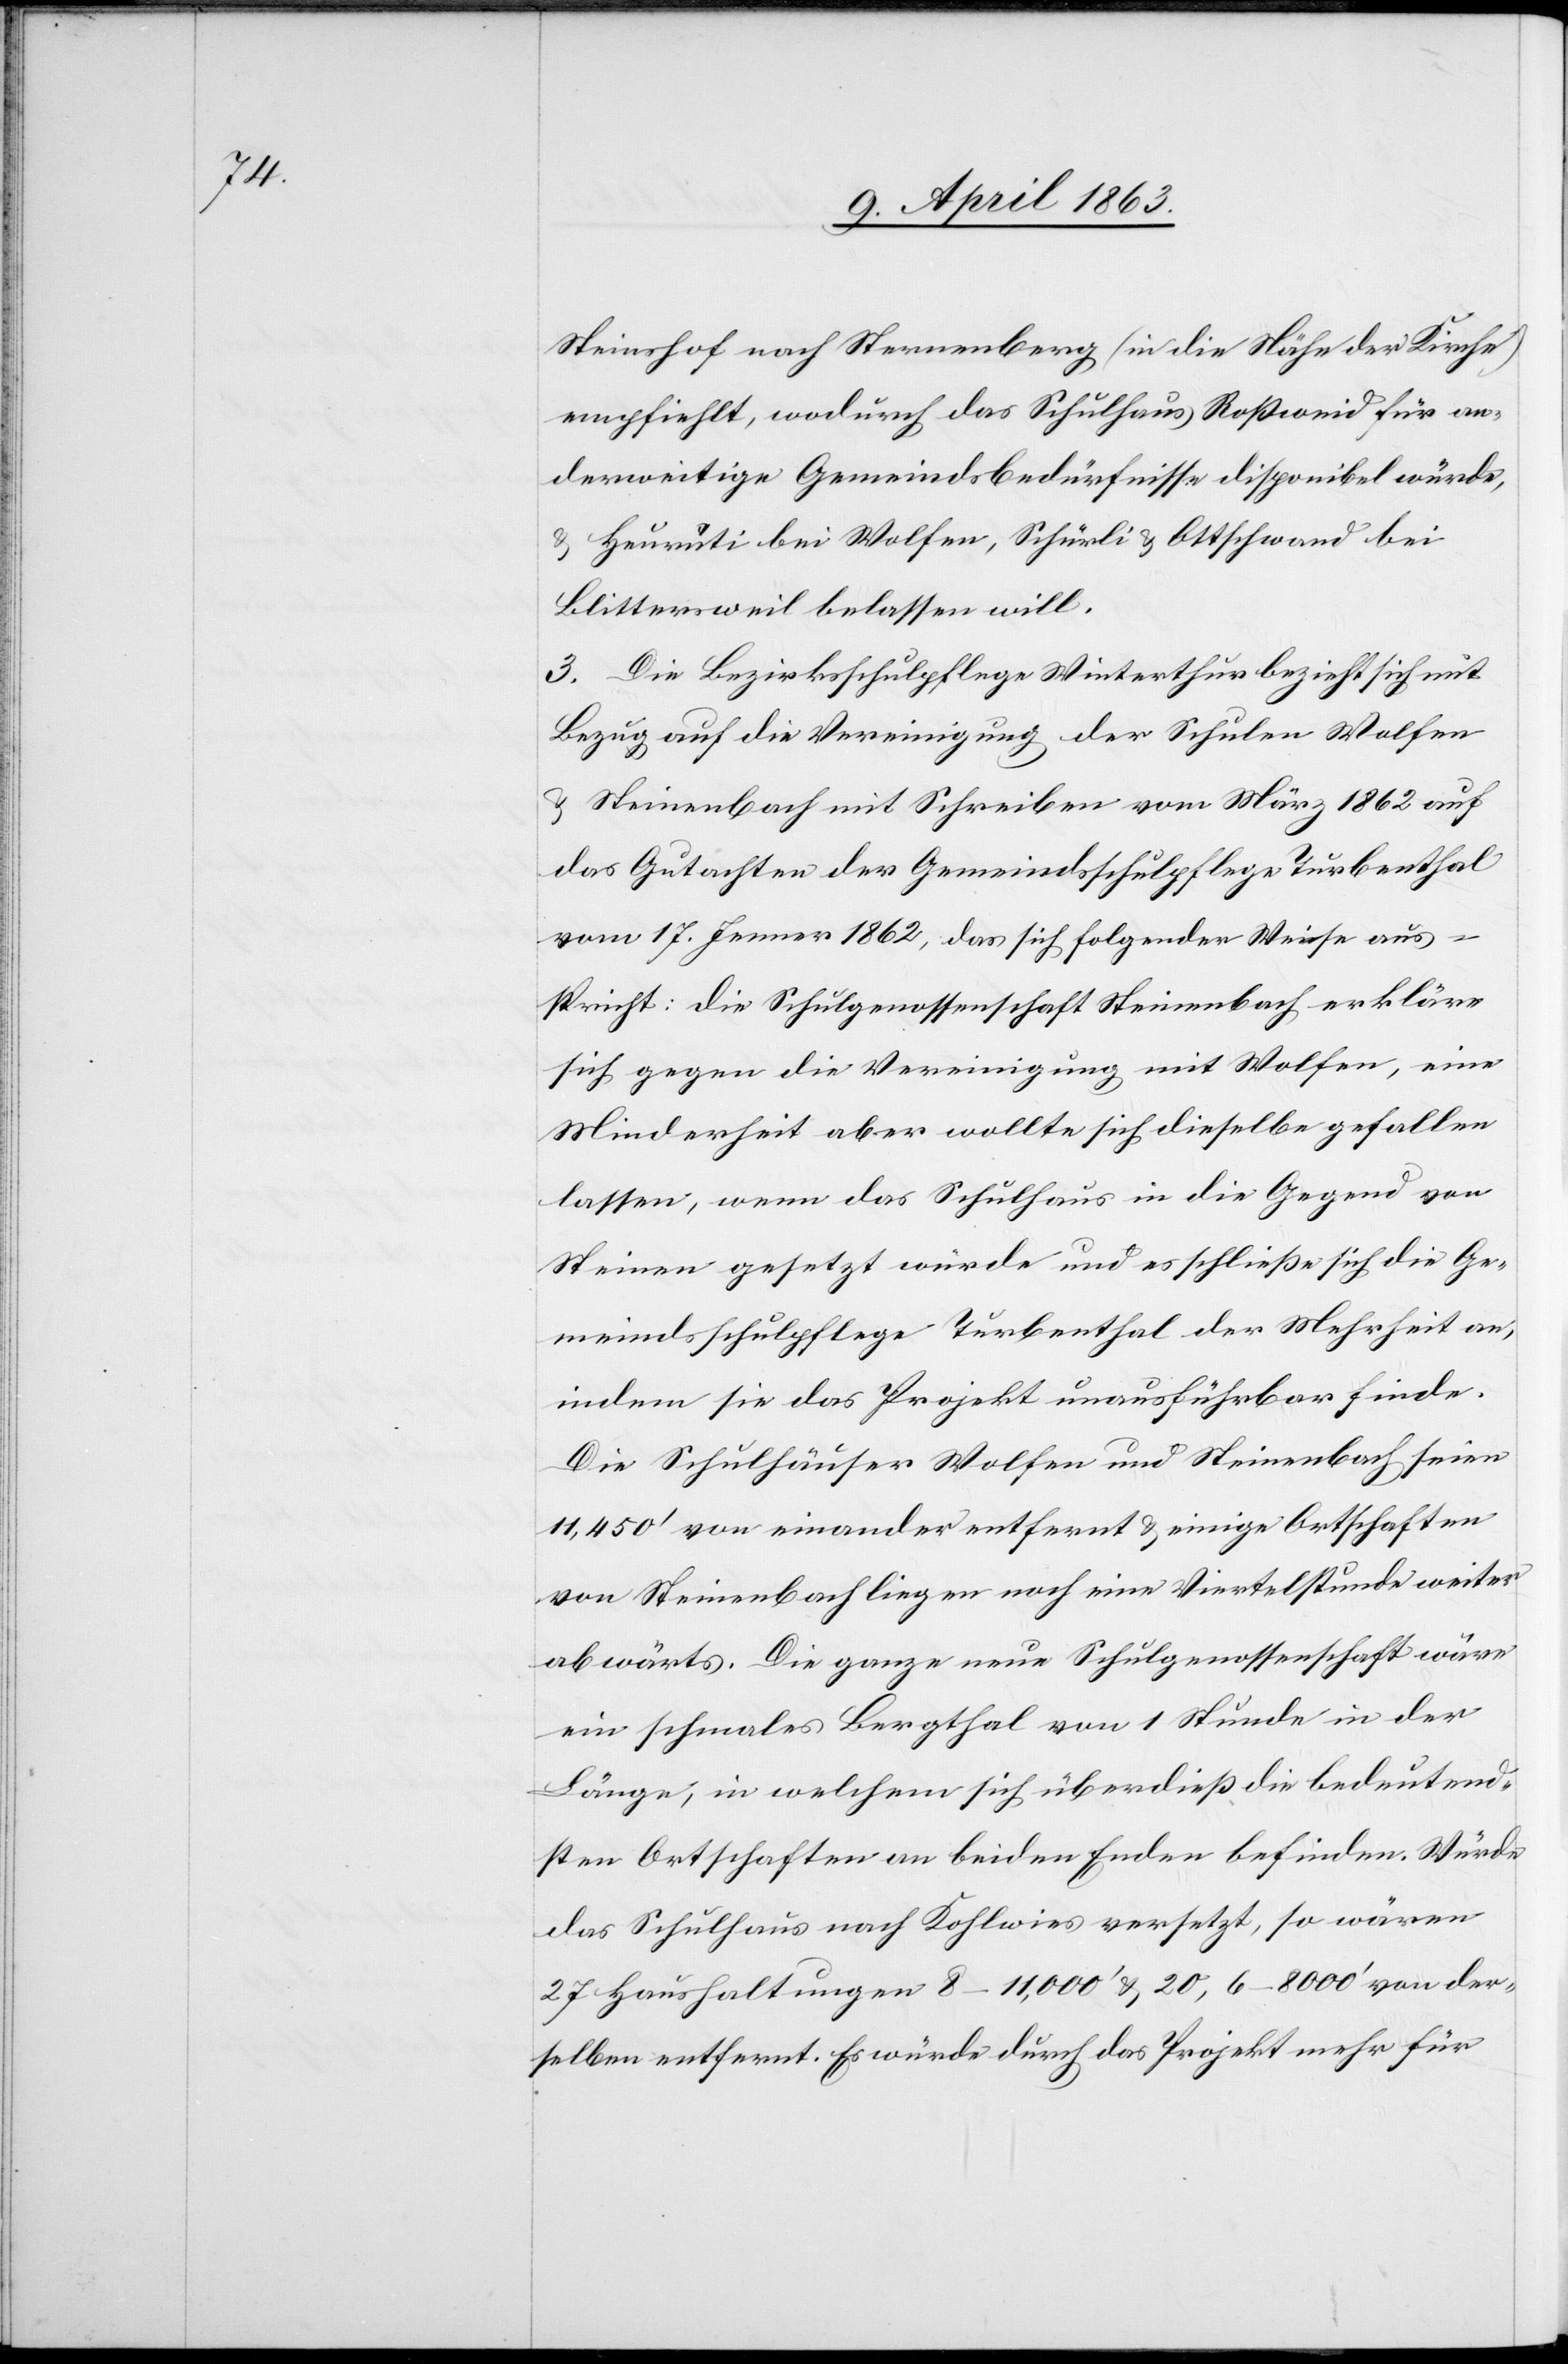
Steinshof nach Sternenberg (in die Nähe der Kirche)
empfiehlt, wodurch das Schulhaus Roßweid für an¬
derweitige Gemeindsbedürfnisse disponibel würde,
& Heurüti bei Wolfen, Schürli & Ottschwand bei
Blittersweil belassen will.
3. Die Bezirksschulpflege Winterthur bezieht sich mit
Bezug auf die Vereinigung der Schulen Wolfen
& Steinenbach mit Schreiben vom März 1862 auf
das Gutachten der Gemeindsschulpflege Turbenthal
vom 17. Jenner 1862, das sich folgender Weise aus¬
spricht: die Schulgenossenschaft Steinenbach erkläre
sich gegen die Vereinigung mit Wolfen, eine
Minderheit aber wollte sich dieselbe gefallen
lassen, wenn das Schulhaus in die Gegend von
Steinen gesetzt würde und es schließe sich die Ge¬
meindsschulpflege Turbenthal der Mehrheit an,
indem sie das Projekt unausführbar finde.
Die Schulhäuser Wolfen und Steinenbach seien
11,450' von einander entfernt & einige Ortschaften
von Steinenbach liegen noch eine Viertelstunde weiter
abwärts. Die ganze neue Schulgenossenschaft wäre
ein schmales Bergthal von 1 Stunde in der
Länge, in welchem sich überdieß die bedeutend¬
sten Ortschaften an beiden Enden befinden. Würde
das Schulhaus nach Kohlwies versetzt, so wären
27 Haushaltungen 8–11,000' & 20, 6–8000' von der¬
selben entfernt. Es würde durch das Projekt mehr für